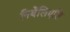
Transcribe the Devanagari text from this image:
निबेंलिएशि